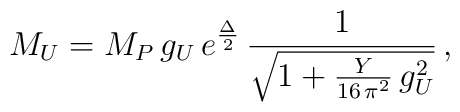
M_U=  M_P\,g_U \, e^{\Delta \over 2} \, \frac{1}{\sqrt{1 + \frac{Y}{16\, \pi^2}\, g_U^2}}\, ,